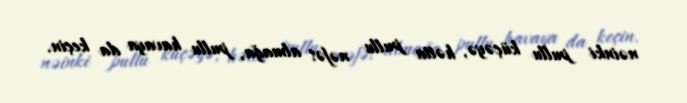
nəinki pullu küçəyə, hətta pullu nəfəs almağa, pullu havaya da keçin.